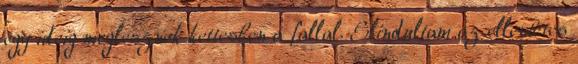
egy ideig meglesznek kettesben a fallal. Elindultam az ellentétes